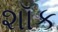
શૉક